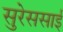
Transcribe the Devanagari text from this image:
सुरेससाई